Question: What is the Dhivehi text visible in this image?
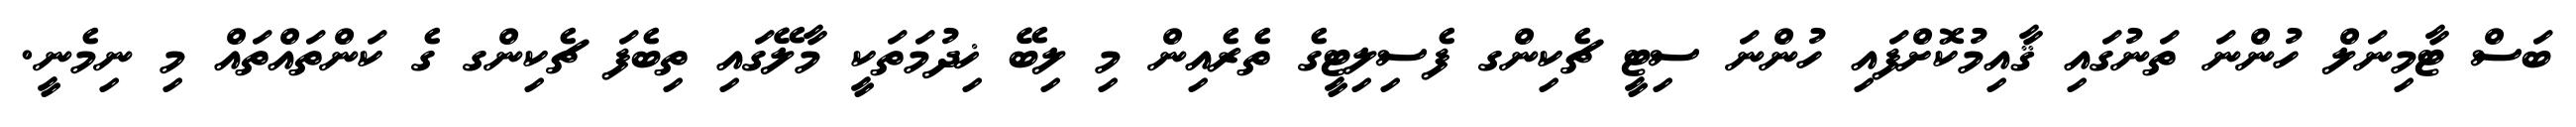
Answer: ބަސް ޓާމިނަލް ހުންނަ ތަނުގައި ޤާއިމުކޮށްފައި ހުންނަ ސިޓީ ޗެކިންގ ފެސިލިޓީގެ ތެރެއިން މި ލިބޭ ޚިދުމަތަކީ މާލޭގައި ތިބެފަ ޗެކިންގ ގެ ކަންތައްތައް މި ނިމެނީ.